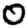
Digit: 0